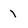
Character: 1